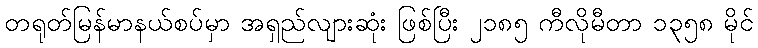
တရုတ်မြန်မာနယ်စပ်မှာ အရှည်လျားဆုံး ဖြစ်ပြီး ၂၁၈၅ ကီလိုမီတာ ၁၃၅၈ မိုင်